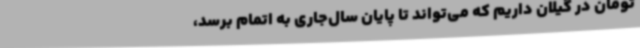
تومان در گیلان داریم که می‌تواند تا پایان سال‌جاری به اتمام برسد،